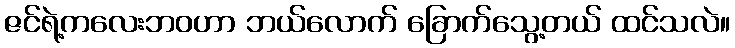
ဇင်ရဲ့ကလေးဘဝဟာ ဘယ်လောက် ခြောက်သွေ့တယ် ထင်သလဲ။